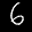
Label: 6